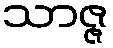
သာဇ္ဇ